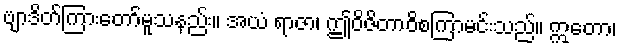
ဗျာဒိတ်ကြားတော်မူသနည်း။ အယံ ရာဇာ၊ ဤဝိဇိတာဝိစကြာမင်းသည်။ ဣတော၊